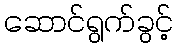
ဆောင်ရွက်ခွင့်